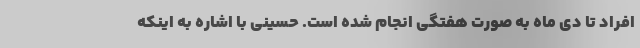
افراد تا دی ماه به صورت هفتگی انجام شده است. حسینی با اشاره به اینکه